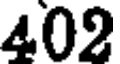
402